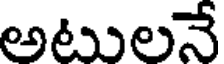
అటులనే